Report on vaccination in Madras 1904-1921 - 1904-1921
Year: 1904
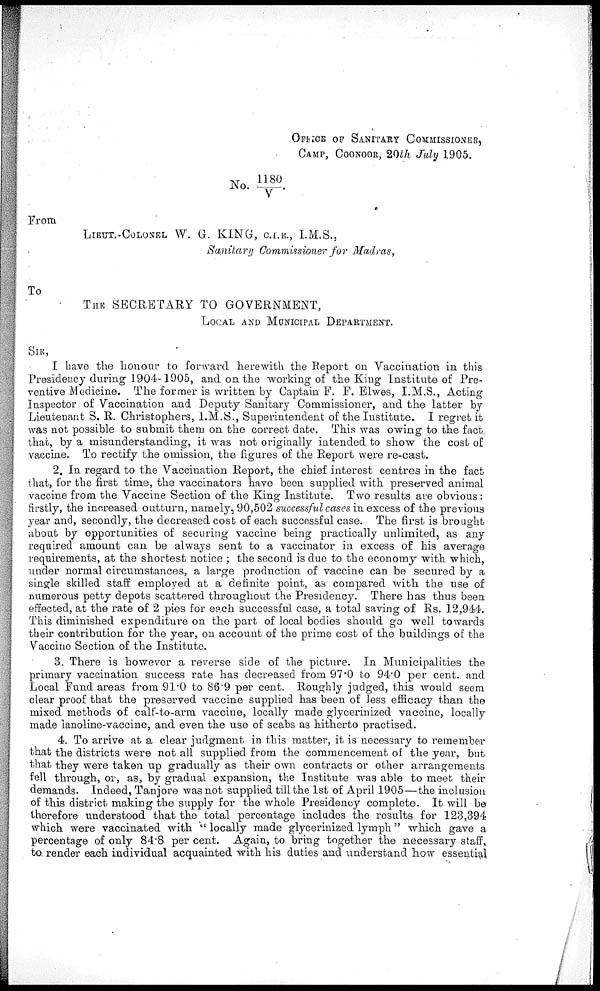
OFFICE OF SANITARY COMMISSIONER,
CAMP, COONOOR, 20th July 1905.
No. 1180/ V.
From
LIEUT.-COLONEL W. G. KING, C.I.E., I.M.S.,
Sanitary Commissioner for Madras,
To
THE SECRETARY TO GOVERNMENT,
LOCAL AND MUNICIPAL DEPARTMENT.
SIR,
I have the honour to forward herewith the Report on Vaccination in this
Presidency during 1904-1905, and on the working of the King Institute of Pre-
ventive Medicine. The former is written by Captain F. F. Elwes, I.M.S., Acting
Inspector of Vaccination and Deputy Sanitary Commissioner, and the latter by
Lieutenant S. R. Christophers, I.M.S., Superintendent of the Institute. I regret it
was not possible to submit them on the correct date. This was owing to the fact
that, by a misunderstanding, it was not originally intended to show the cost of
vaccine. To rectify the omission, the figures of the Report were re-cast.
2. In regard to the Vaccination Report, the chief interest centres in the fact
that, for the first time, the vaccinators have been supplied with preserved animal
vaccine from the Vaccine Section of the King Institute. Two results are obvious :
firstly, the increased outturn, namely, 90,502 successful cases in excess of the previous
year and, secondly, the decreased cost of each successful case. The first is brought
about by opportunities of securing vaccine being practically unlimited, as any
required amount can be always sent to a vaccinator in excess of his average
requirements, at the shortest notice ; the second is due to the economy with which,
under normal circumstances, a large production of vaccine can be secured by a
single skilled staff employed at a definite point, as compared with the use of
numerous petty depots scattered throughout the Presidency. There has thus been
effected, at the rate of 2 pies for each successful case, a total saving of Rs. 12,944.
This diminished expenditure on the part of local bodies should go well towards
their contribution for the year, on account of the prime cost of the buildings of the
Vaccine Section of the Institute.
3. There is however a reverse side of the picture. In Municipalities the
primary vaccination success rate has decreased from 97.0 to 94.0 per cent. and
Local Fund areas from 91.0 to 86.9 per cent. Roughly judged, this would seem
clear proof that the preserved vaccine supplied has been of less efficacy than the
mixed methods of calf-to-arm vaccine, locally made glycerinized vaccine, locally
made lanoline-vaccine, and even the use of scabs as hitherto practised.
4. To arrive at a clear judgment in this matter, it is necessary to remember
that the districts were not all supplied from the commencement of the year, but
that they were taken up gradually as their own contracts or other arrangements
fell through, or, as, by gradual expansion, the Institute was able to meet their
demands. Indeed, Tanjore was not supplied till the 1st of April 1905—the inclusion
of this district making the supply for the whole Presidency complete. It will be
therefore understood that the total percentage includes the results for 123,394
which were vaccinated with " locally made glycerinized lymph" which gave a
percentage of only 84.8 per cent. Again, to bring together the necessary staff,
to. render each individual acquainted with his duties and understand how essential